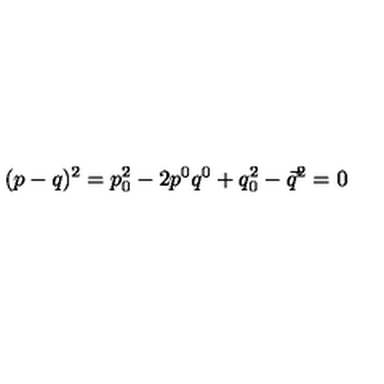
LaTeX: ( p - q ) ^ { 2 } = p _ { 0 } ^ { 2 } - 2 p ^ { 0 } q ^ { 0 } + q _ { 0 } ^ { 2 } - \vec { q } ^ { 2 } = 0